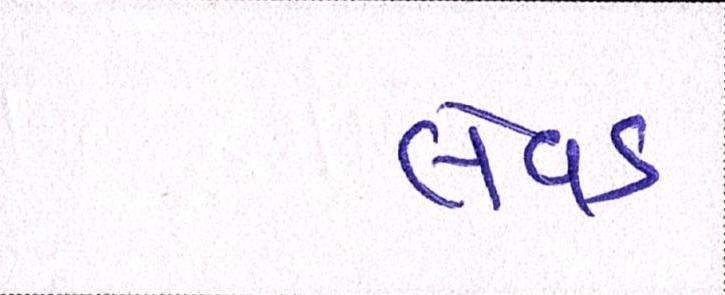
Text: લેવડ